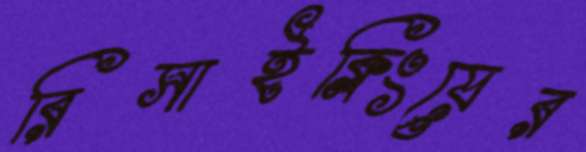
রিসাইক্লিংয়ের